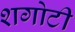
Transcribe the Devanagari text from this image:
शगोटी